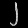
Digit: ၂